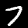
Digit: 7